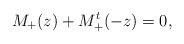
LaTeX: \begin{align*}M_+(z) + M_+^t(-z) = 0,\end{align*}